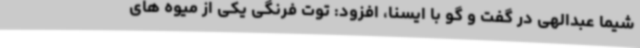
شیما عبدالهی در گفت و گو با ایسنا، افزود: توت فرنگی یکی از میوه های